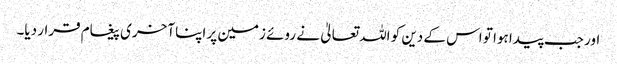
اور جب پیدا ہوا تو اس کے دین کو اللہ تعالیٰ نے روئے زمین پر اپنا آخری پیغام قرار دیا۔